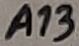
Text: A13